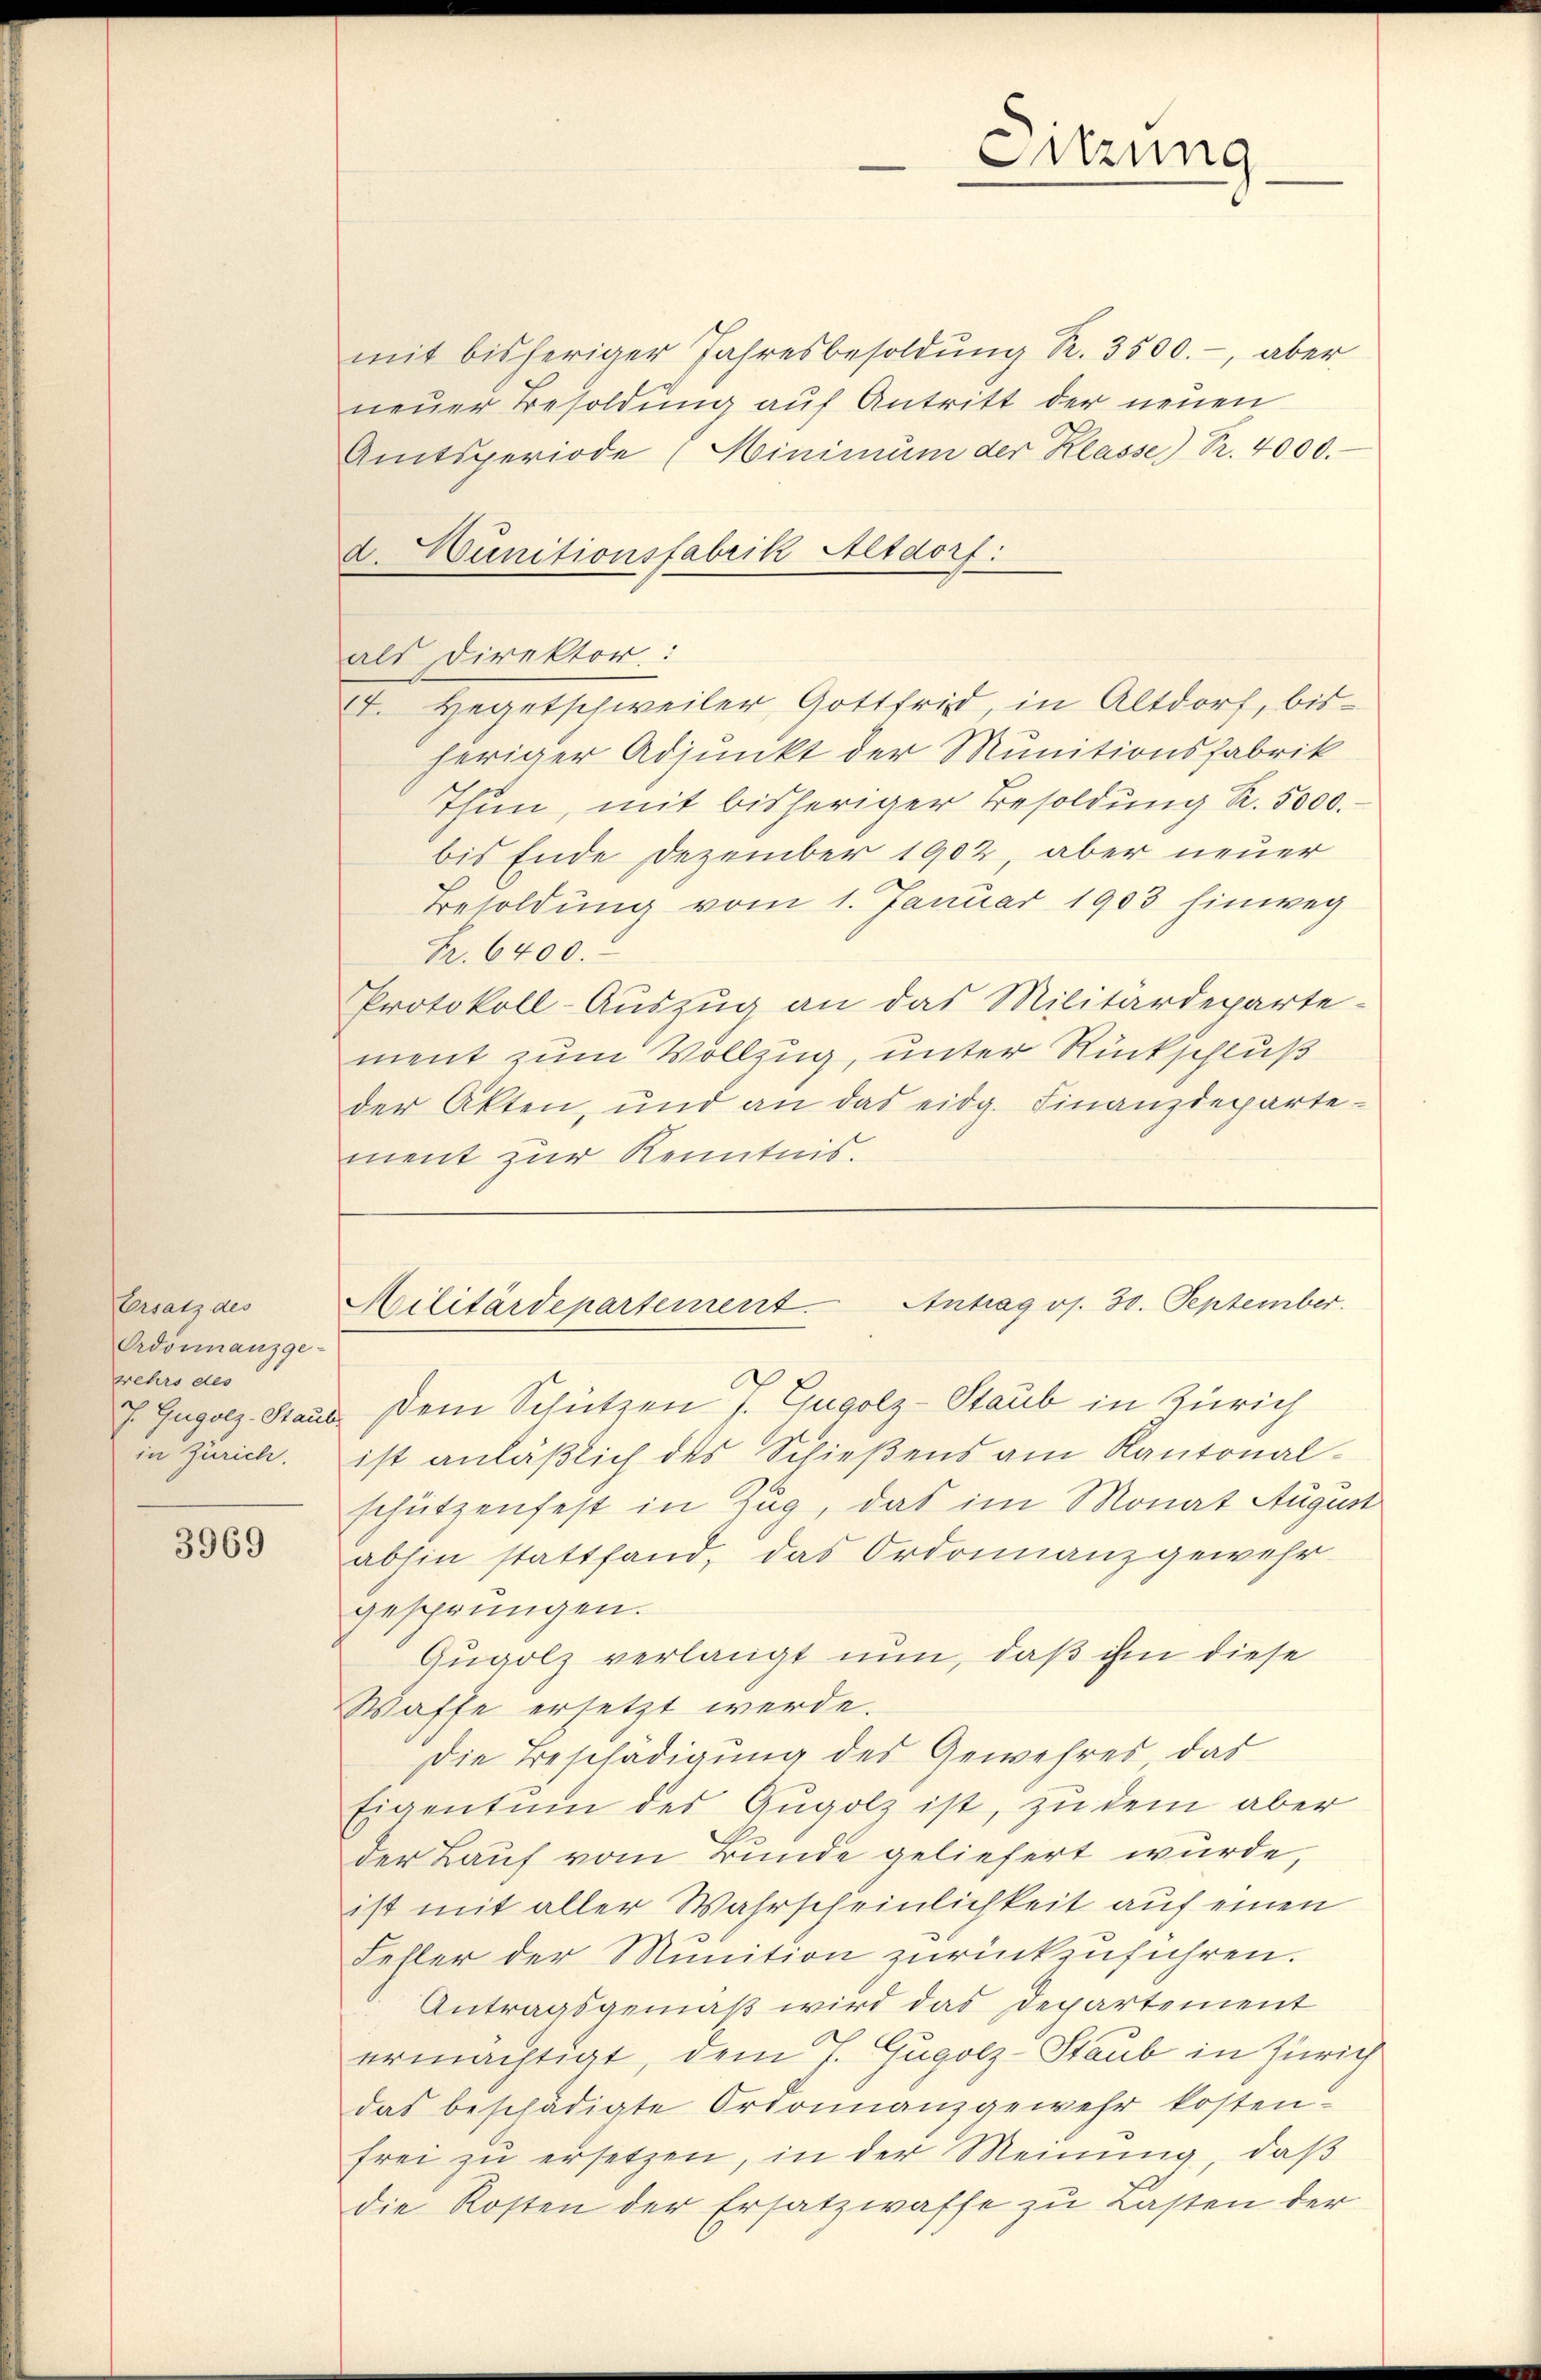
Ersatz des
Ordonnanzge-
wehrs des
in Zürich.

3969

mit bisheriger Jahresbesoldŭng R. 3500.-, aber
neuer Besoldung auf Antritt der neuen
Amtsperiode (Hinimum der Klasse) Pr. 4000.
als Direktor :
4. Hegetschweiler, Gottfrid, in Altdorf, bisheriger Adjunkt der Munitionsfabrik
Thun, mit bisheriger Besoldung R. 5000.
bis Ende Dezember 1902, aber neuer
Besoldung vom 1. Januar 1903 hinweg
Fr. 6400.
Protokoll-Auszug an das Militärdeparte-
ment zum Vollzug, unter Rückschluß
der Akten, und an das eidg. Finanzdepartement zur Kenntnis.

d. unitionsfabrik Altdorf:

Sitzung

J. Gugolz. Stand dem Schützen J. Gugolz-Staub in Zürich
ist anläßlich des Schießens am Kantonalschützenfest in Zug, das im Monat August
abhin stattfand, das Ordonnanzgewehr
gesprungen.
Gugolz verlangt nun, daß ihm diese
Waffe ersetzt werde.
Die Beschädigung des Gewehres, das
Eigentum des Augolz ist, zu dem aber
der Lauf vom Bunde geliefert wurde,
ist mit aller Wahrscheinlichkeit auf einen
Fehler der Minition zurückzuführen.
Antragsgemäß wird das Departement
ermächtigt, dem J. Gugolz-Staub in Zürich
das beschädigte Ordonnanzgewehr kosten.
frei zu ersetzen, in der Meinung, daß
die Kosten der Ersatzwasse zu Lasten der

Militärdepartement. Antrag os. 30. September.